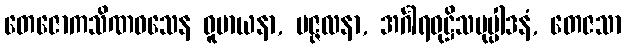
တေဇောကသိဏဝသေန ဓူမာယနာ, ပဇ္ဇလနာ, အင်္ဂါရဝုဋ္ဌိသမုပ္ပါဒနံ, တေဇသာ